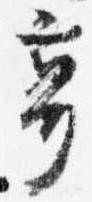
亭